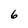
Character: 6